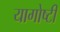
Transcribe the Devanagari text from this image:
यागोष्टी